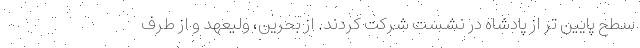
سطح پایین تر از پادشاه در نشست شرکت کردند. از بحرین، ولیعهد و از طرف